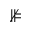
\nVDash